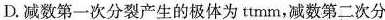
D.减数第一次分裂产生的极体为ttmm，减数第二次分